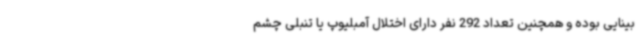
بینایی بوده و همچنین تعداد 292 نفر دارای اختلال آمبلیوپ یا تنبلی چشم